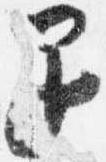
退